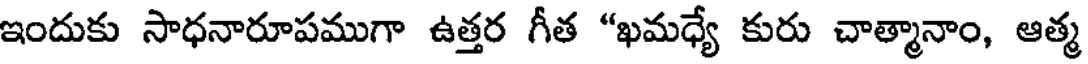
ఇందుకు సాధనారూపముగా ఉత్తర గీత "ఖమధ్యే కురు చాత్మానాం, ఆత్మ